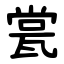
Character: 瓽